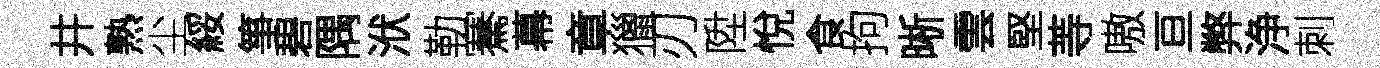
井熟尘綏箏碧隅洑勒騫幕章獵刃陞悅食拘晰雲堅䓁嗷亘弊浄刺